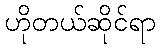
ဟိုတယ်ဆိုင်ရာ